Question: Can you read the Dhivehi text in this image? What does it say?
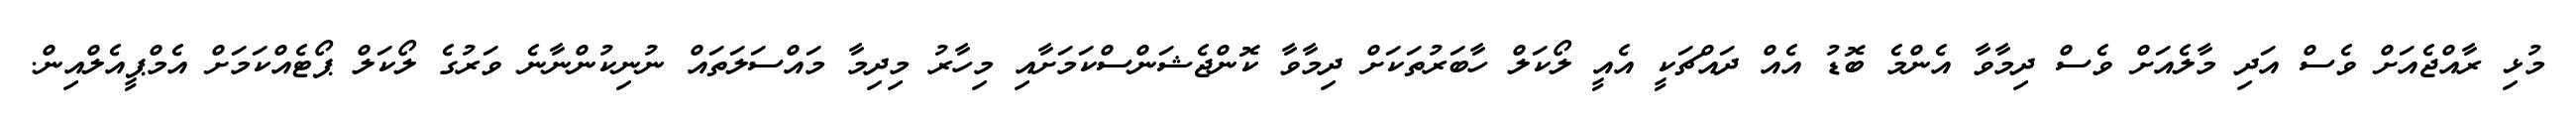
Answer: މުޅި ރާއްޖެއަށް ވެސް އަދި މާލެއަށް ވެސް ދިމާވާ އެންމެ ބޮޑު އެއް ދައްޗަކީ އެއީ ލޯކަލް ހާބަރުތަކަށް ދިމާވާ ކޮންޖެޝަންސްކަމަށާއި މިހާރު މިދިމާ މައްސަލަތައް ނުނިކުންނާނެ ވަރުގެ ލޯކަލް ޕޯޓެއްކަމަށް އެމްޕީއެލްއިން.